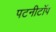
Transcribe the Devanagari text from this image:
पटनीटॉप